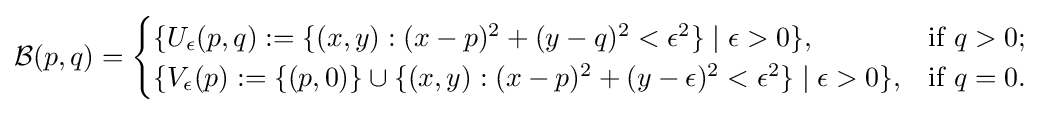
{\mathcal {B}}(p,q)={\begin{cases}\{U_{\epsilon }(p,q):=\{(x,y):(x-p)^{2}+(y-q)^{2}<\epsilon ^{2}\}\mid \epsilon >0\},&{\mbox{if }}q>0;\\\{V_{\epsilon }(p):=\{(p,0)\}\cup \{(x,y):(x-p)^{2}+(y-\epsilon )^{2}<\epsilon ^{2}\}\mid \epsilon >0\},&{\mbox{if }}q=0.\end{cases}}